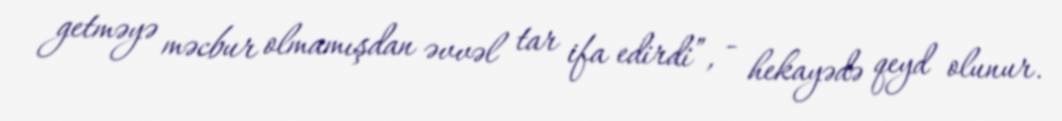
getməyə məcbur olmamışdan əvvəl tar ifa edirdi”, - hekayədə qeyd olunur.